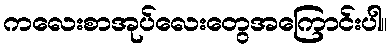
ကလေးစာအုပ်လေးတွေအကြောင်းပါ။